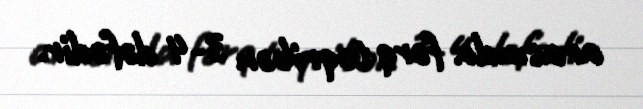
arasında fərq təqribən 3-4 dəfədir.